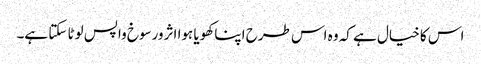
اس کا خیال ہے کہ وہ اس طرح اپنا کھویا ہوا اثرورسوخ واپس لوٹا سکتا ہے۔